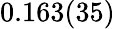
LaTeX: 0.163(35)